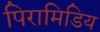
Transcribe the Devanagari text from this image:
पिरामिडिय